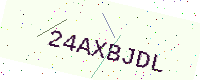
Text: 24AXBJDL